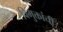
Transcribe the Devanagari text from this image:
विमुक्तांची